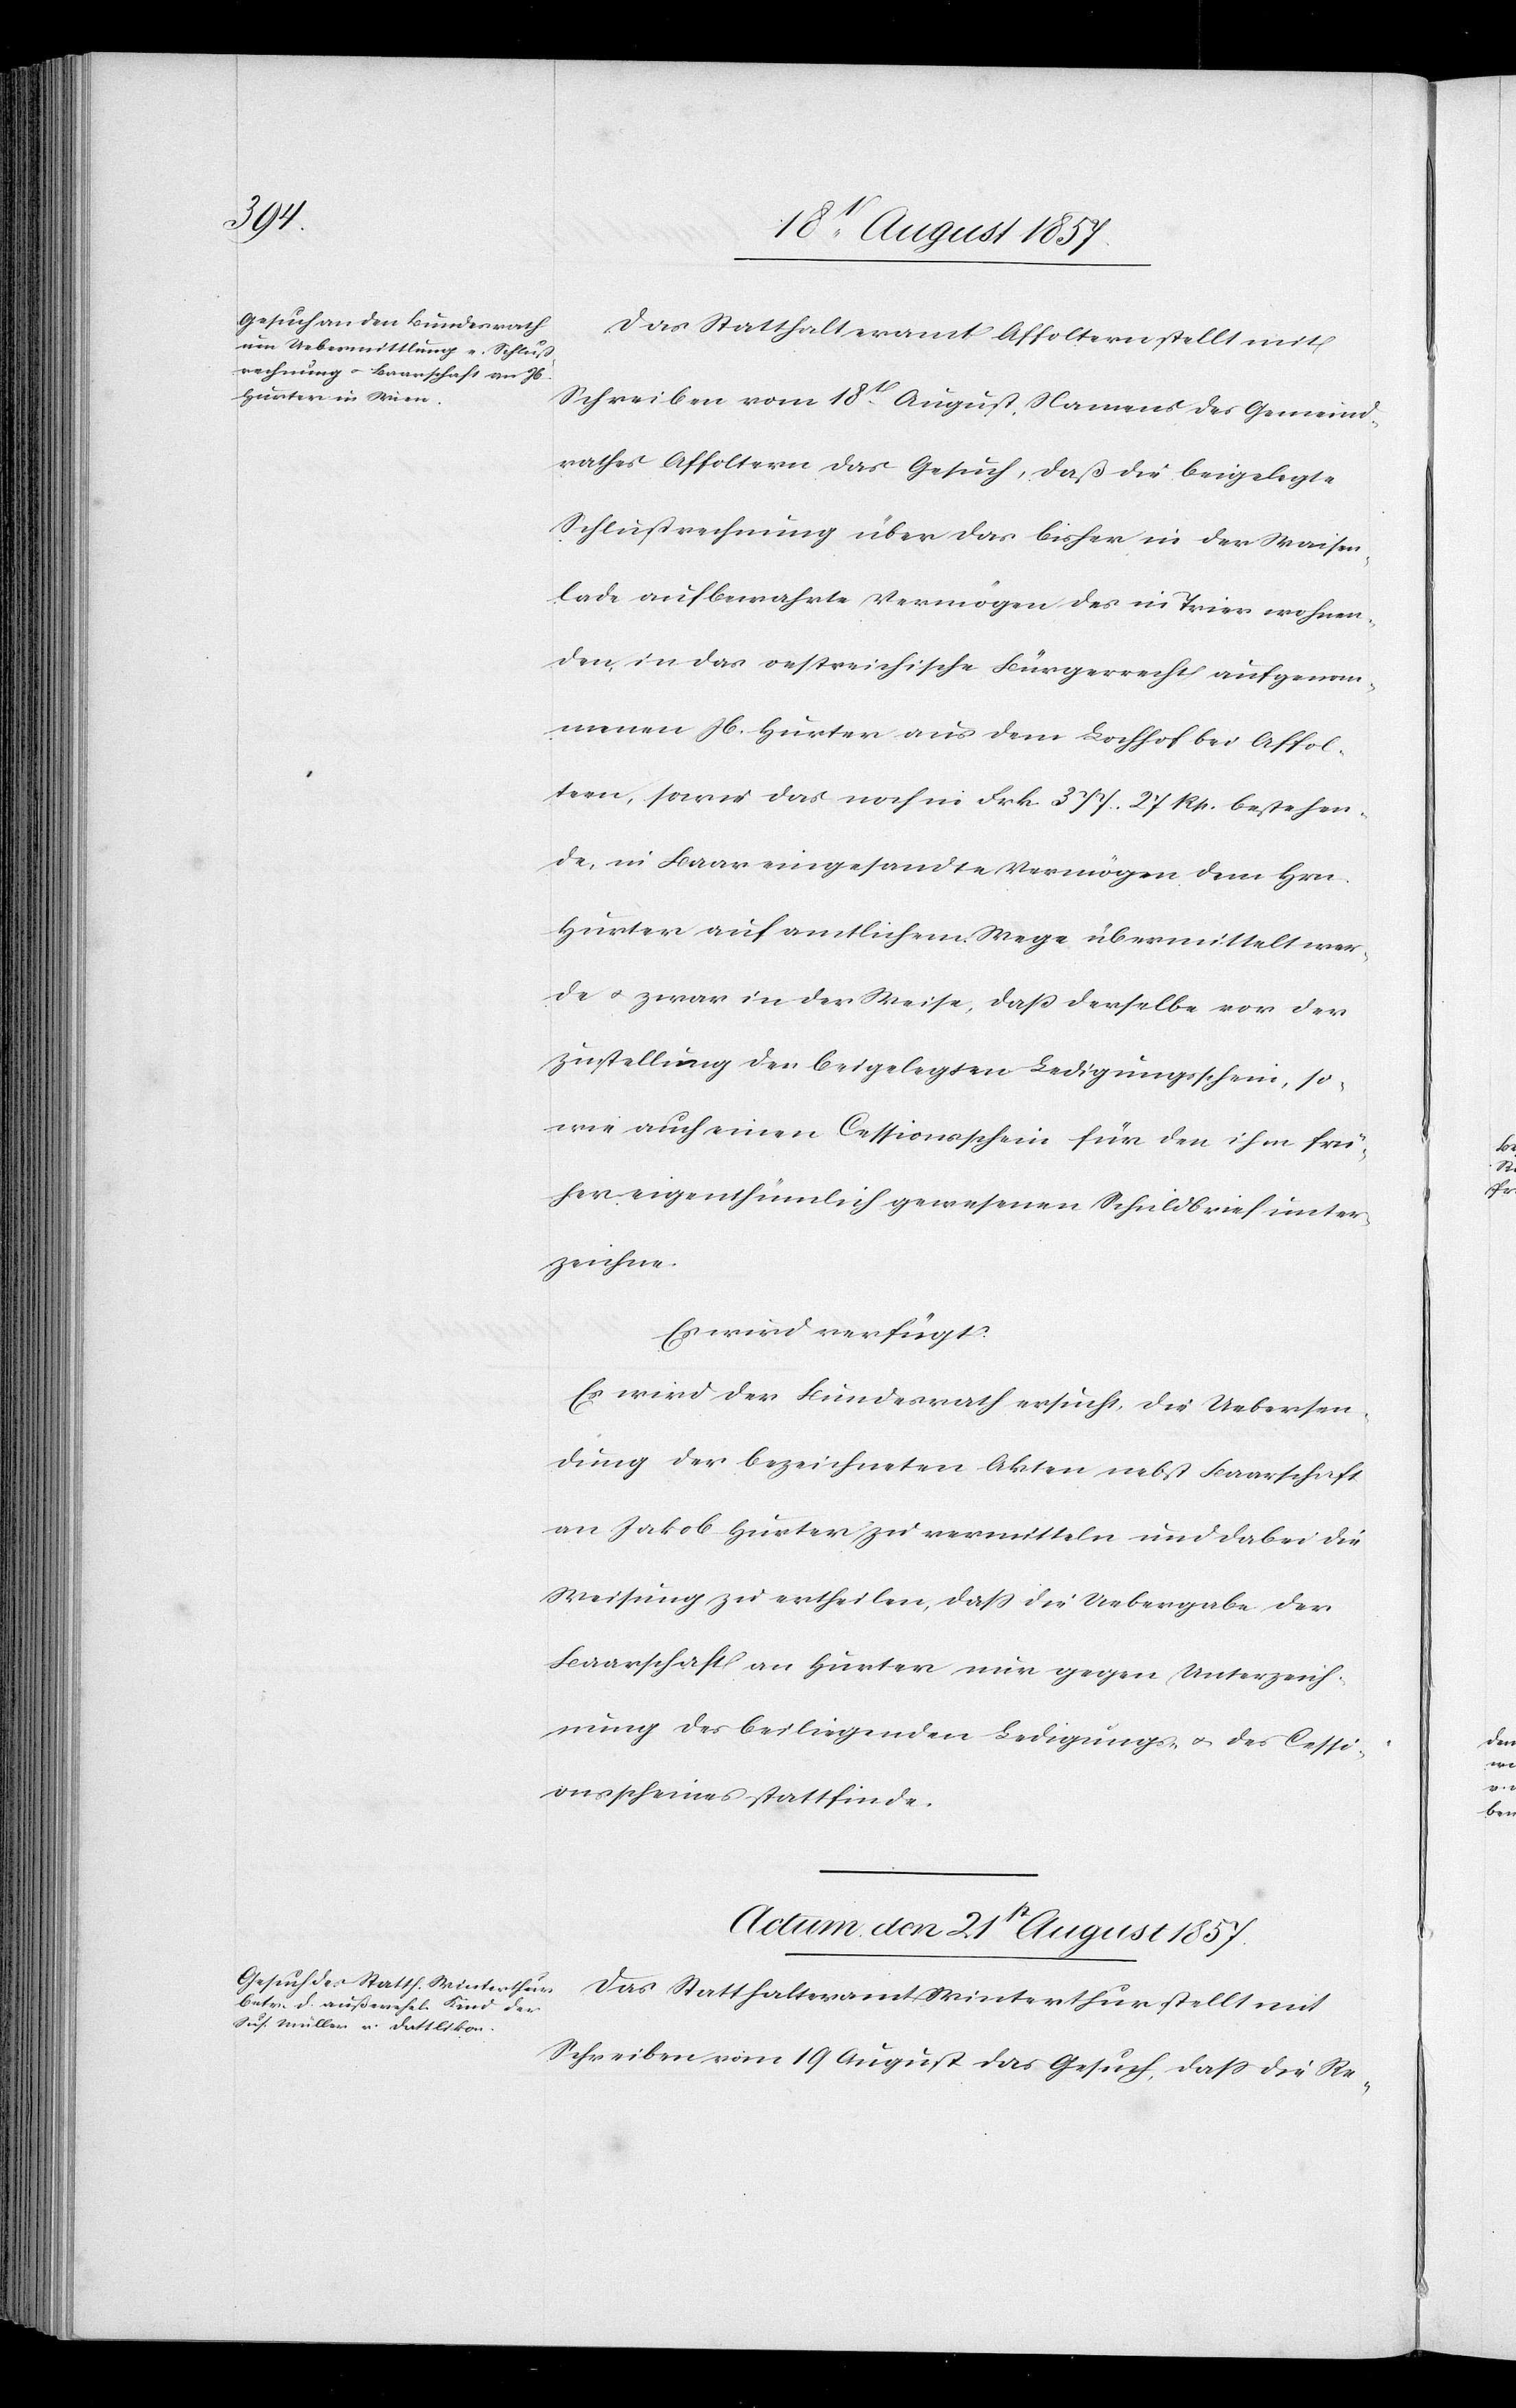
Das Statthalteramt Affoltern stellt mit
Schreiben vom 18t August Namens des Gemeind¬
rathes Affoltern das Gesuch, daß die beigelegte
Schlußrechnung über das bisher in der Waisen¬
lade aufbewahrte Vermögen des in Trier wohnen¬
den in das oestreichische Bürgerrecht aufgenom¬
menen Jb. Hurter aus dem Lochhof bei Affol¬
tern, sowie das noch in Frk. 377 27 Rp. bestehen¬
de, in Baar eingesandte Vermögen dem Hrn.
Hurter auf amtlichem Wege übermittelt wer¬
de & zwar in der Weise, daß derselbe vor der
Zustellung den beigelegten Ledigungsschein, so¬
wie auch einen Cessionsschein für den ihm frü¬
her eigenthümlich gewesenen Schuldbrief unter¬
zeichne.
Es wird verfügt:
Es wird der Bundesrath ersucht, die Uebersen¬
dung der bezeichneten Akten nebst Baarschaft
an Jakob Hurter zu vermitteln und dabei die
Weisung zu ertheilen, daß die Uebergabe der
Baarschaft an Hurter nur gegen Unterzeich¬
nung des beiliegenden Ledigungs- des Cessi¬
onsscheines stattfinde.
Actum, den 21t August 1857.
Das Statthalteramt Winterthur stellt mit
Schreiben vom 19 August das Gesuch, daß die Re-